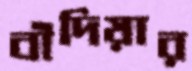
বাঁদিয়ার